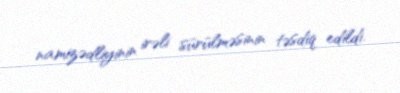
namizədliyinin irəli sürülməsinin təsdiq edildi.